Indian journal of veterinary science and animal husbandry - Volumes 24-25, 1954-1955
Year: 1954
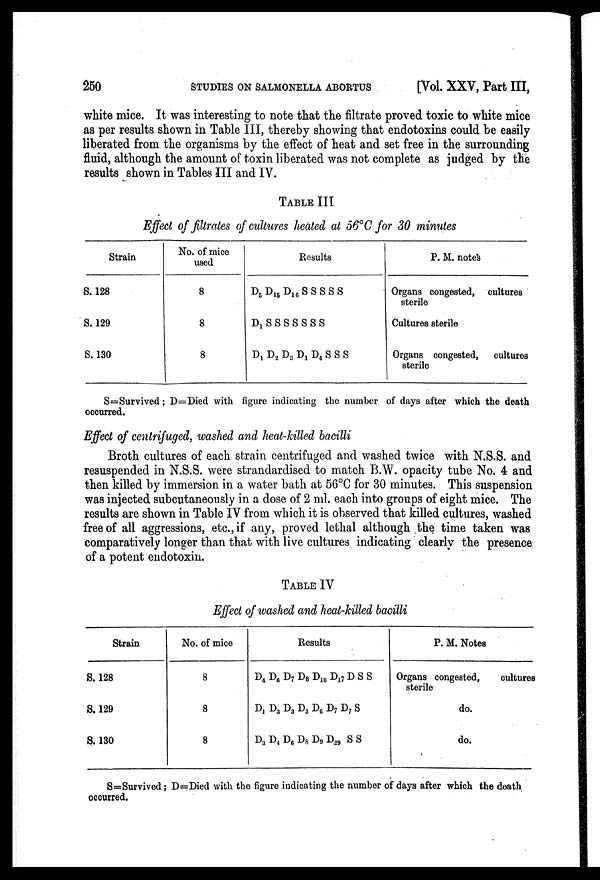
250
STUDIES ON SALMONELLA ABORTUS
[Vol. XXV, Part III,
white mice. It was interesting to note that the filtrate proved toxic to white mice
as per results shown in Table III, thereby showing that endotoxins could be easily
liberated from the organisms by the effect of heat and set free in the surrounding
fluid, although the amount of toxin liberated was not complete as judged by the
results shown in Tables III and IV.
TABLE III
Effect of filtrates of cultures heated at 56°C for 30 minutes
Strain
S. 128
S. 129
S. 130
No. of mice
used
8
8
8
Results
D 5 D 15 D 16 S S S S S
D 1 S S S S S S S
D 1 D 2 D 3 D 1 D 4 S S S
P. M. notes
Organs congested, cultures
sterile
Cultures sterile
Organs congested, cultures
sterile
S=Survived; D=Died with figure indicating the number of days after which the death
occurred.
Effect of centrifuged, washed and heat-killed bacilli
Broth cultures of each strain centrifuged and washed twice with N.S.S. and
resuspended in N.S.S. were strandardised to match B.W. opacity tube No. 4 and
then killed by immersion in a water bath at 56°C for 30 minutes. This suspension
was injected subcutaneously in a dose of 2 ml. each into groups of eight mice. The
results are shown in Table IV from which it is observed that killed cultures, washed
free of all aggressions, etc., if any, proved lethal although the time taken was
comparatively longer than that with live cultures indicating clearly the presence
of a potent endotoxin.
TABLE IV
Effect of washed and heat-killed bacilli
Strain
S. 128
S. 129
S. 130
No. of mice
8
8
8
Results
D 4 D 6 D 7 D 8 D 16 D 17 D S S
D 1 D 3 D 3 D 3 D 6 D 7 D 7 S
D 3 D 4 D 6 D 8 D 9 D 29 S S
P. M. Notes
Organs congested,
cultures
sterile
do.
do.
S=Survived; D=Died with the figure indicating the number of days after which the death
occurred.